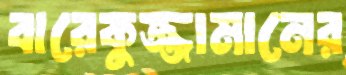
বারেকুজ্জামানের